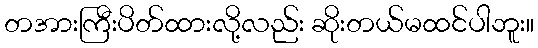
တအားကြီးပိတ်ထားလို့လည်း ဆိုးတယ်မထင်ပါဘူး။